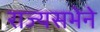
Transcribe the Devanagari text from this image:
राज्यसभेने